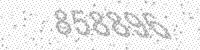
Solution: 858896